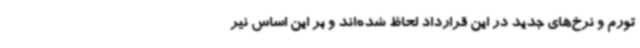
تورم و نرخ‌های جدید در این قرارداد لحاظ شده‌اند و بر این اساس نیر